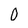
Character: 0